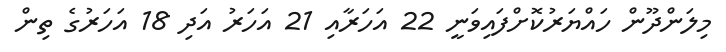
މިލަންދޫން ހައްޔަރުކޮށްފައިވަނީ 22 އަހަރާއި 21 އަހަރު އަދި 18 އަހަރުގެ ތިން